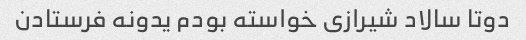
دوتا سالاد شیرازی خواسته بودم یدونه فرستادن